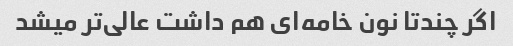
اگر چندتا نون خامه‌ای هم داشت عالی‌تر میشد